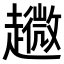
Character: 𧾘